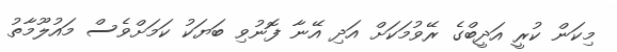
މިކަން ކުރީ އަދީބްގެ ރޭވުމަކަށް އަދި އޭނާ ފޮނުވި ބަޔަކު ކަމަށްވެސް މައުލޫމާތު